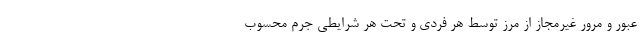
عبور و مرور غیرمجاز از مرز توسط هر فردی و تحت هر شرایطی جرم محسوب